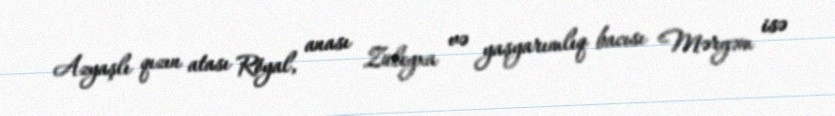
Azyaşlı qızın atası Röyal, anası Züleyxa və yaşyarımlıq bacısı Məryəm isə